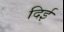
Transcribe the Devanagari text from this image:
दिई